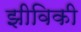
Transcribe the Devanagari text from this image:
झीविकी